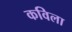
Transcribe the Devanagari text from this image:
कविला